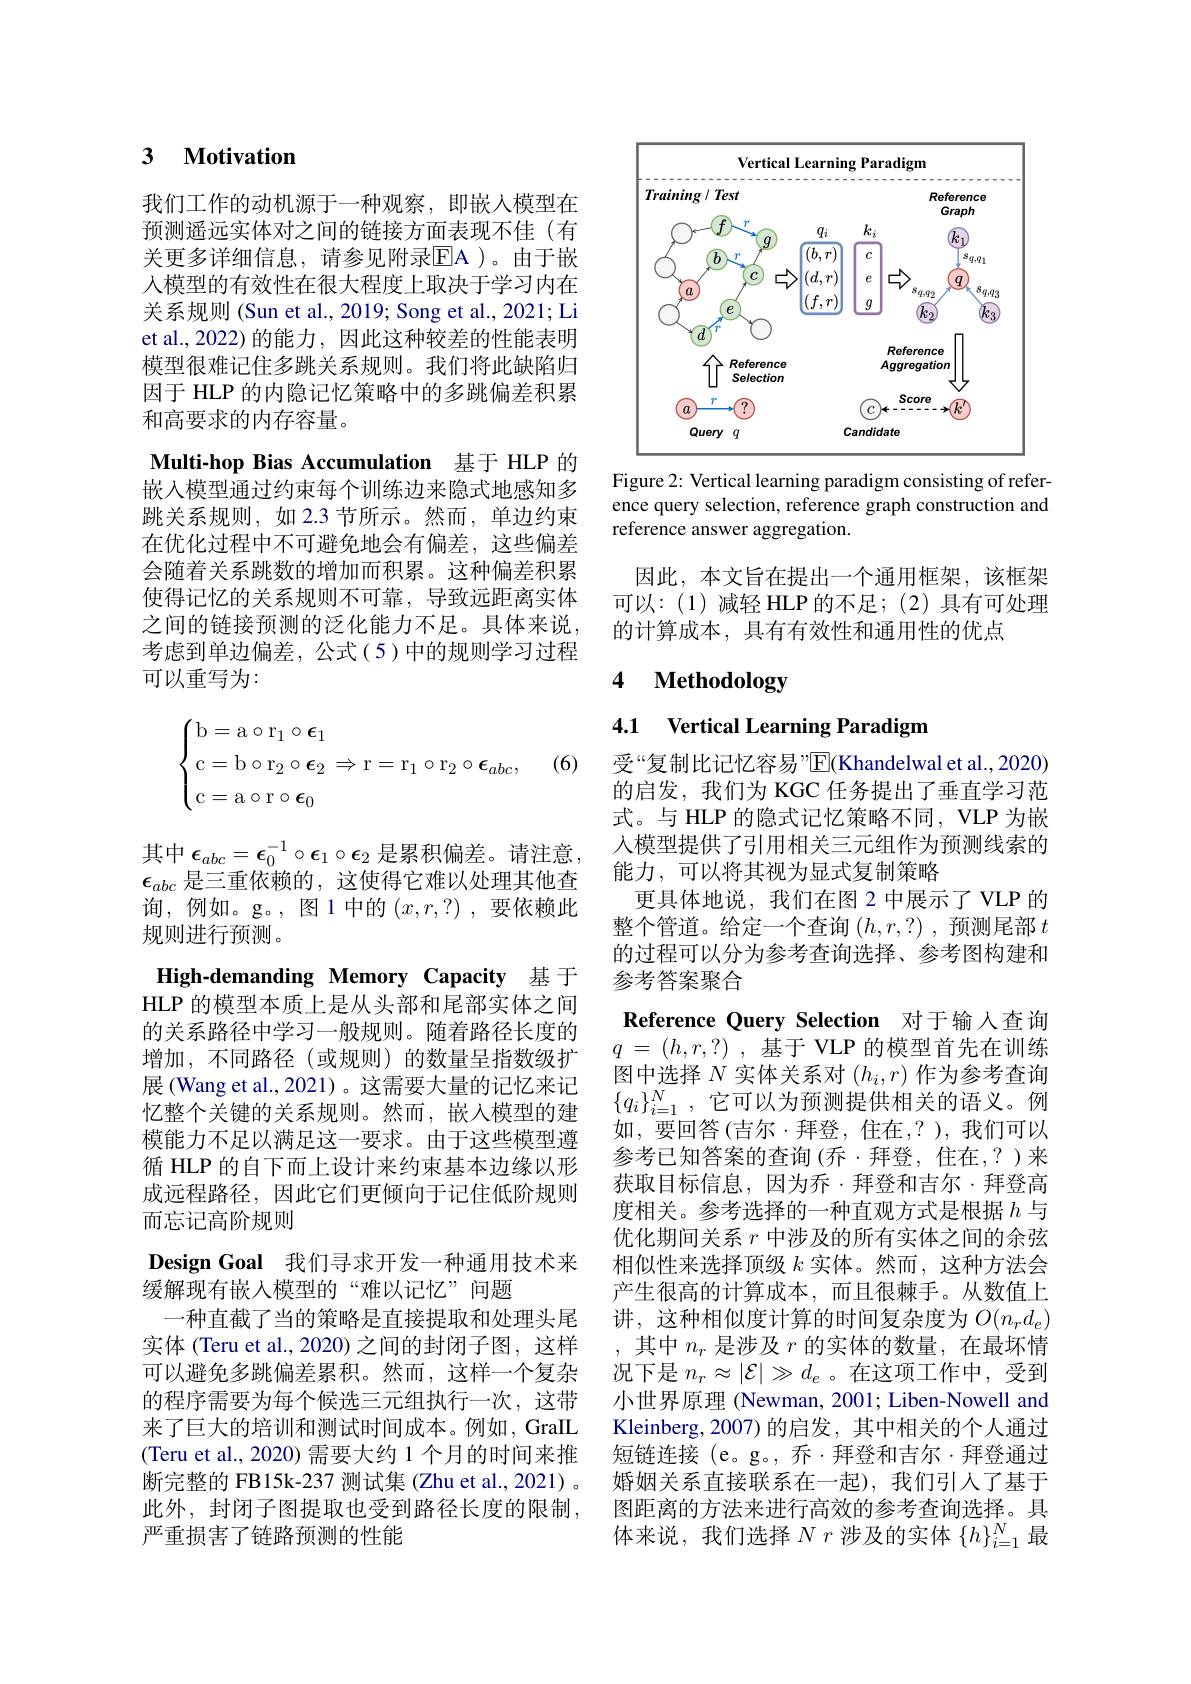
### 3 $\textbf{Motivation}$

我们工作的动机源于一种观察，即嵌入模型在预测遥远实体对之间的链接方面表现不佳(有关更多详细信息，请参见附录$\mathbb{E}$A)。由于嵌人模型的有效性在很大程度上取决于学习内在关系规则 (Sun et al., 2019; Song et al., 2021; Li et al.,2022) 的能力，因此这种较差的性能表明模型很难记住多跳关系规则。我们将此缺陷归因于 HLP 的内隐记忆策略中的多跳偏差积累和高要求的内存容量。
Multi-hop Bias Accumulation 基于 HLP 的嵌入模型通过约束每个训练边来隐式地感知多跳关系规则，如 2.3 节所示。然而，单边约束在优化过程中不可避免地会有偏差，这些偏差会随着关系跳数的增加而积累。这种偏差积累使得记忆的关系规则不可靠，导致远距离实体之间的链接预测的泛化能力不足。具体来说考虑到单边偏差，公式(5)中的规则学习过程可以重写为：

(6)
$$\begin{cases}\mathrm b=\mathrm a\circ\mathrm r_1\circ\epsilon_1\\\mathrm c=\mathrm b\circ\mathrm r_2\circ\epsilon_2\Rightarrow\mathrm r=\mathrm r_1\circ\mathrm r_2\circ\epsilon_{abc},\\\mathrm c=\mathrm a\circ\mathrm r\circ\epsilon_0\end{cases}$$
其中$\boldsymbol\epsilon_{abc}=\boldsymbol\epsilon_0^{-1}\circ\boldsymbol\epsilon_1\circ\boldsymbol\epsilon_2$ 是累积偏差。请注意$\epsilon_{abc}$是三重依赖的，这使得它难以处理其他查询，例如。g。,图1中的$(x,r,?)$,要依赖此规则进行预测。
High-demanding Memory Capacity 基 于HLP 的模型本质上是从头部和尾部实体之间的关系路径中学习一般规则。随着路径长度的增加，不同路径(或规则)的数量呈指数级扩展(Wang et al., 2021)。这需要大量的记忆来记忆整个关键的关系规则。然而，嵌入模型的建模能力不足以满足这一要求。由于这些模型遵循 HLP 的自下而上设计来约束基本边缘以形成远程路径，因此它们更倾向于记住低阶规则而忘记高阶规则
Design Goal 我们寻求开发一种通用技术来
缓解现有嵌入模型的“难以记忆”问题
一种直截了当的策略是直接提取和处理头尾实体 (Teru et al., 2020) 之间的封闭子图，这样可以避免多跳偏差累积。然而，这样一个复杂的程序需要为每个候选三元组执行一次，这带来了巨大的培训和测试时间成本。例如，GraIL (Teru et al., 2020) 需要大约 1 个月的时间来推断完整的 FB15k-237 测试集 (Zhu et al., 2021) 。此外，封闭子图提取也受到路径长度的限制， 严重损害了链路预测的性能

<FigureHere>

Figure 2: Vertical learning paradigm consisting of reference query selection, reference graph construction and reference answer aggregation.

因此，本文旨在提出一个通用框架，该框架可以：(1)减轻 HLP 的不足；(2)具有可处理的计算成本，具有有效性和通用性的优点

### 4 $\textbf{Methodology}$

4.1 Vertical Learning Paradigm

受“复制比记忆容易”$\overline{\mathrm{E}}($Khandelwal et al.,2020) 的启发，我们为 KGC 任务提出了垂直学习范式。与 HLP 的隐式记忆策略不同 , VLP 为嵌人模型提供了引用相关三元组作为预测线索的能力，可以将其视为显式复制策略
更具体地说，我们在图 2 中展示了 VLP 的整个管道。给定一个查询$(h,r,?)$ ,预测尾部$t$ 的过程可以分为参考查询选择、参考图构建和参考答案聚合
Reference Query Selection 对于输入查询$q$ = $( h, r, ? )$ , 基于 VLP 的模型首先在训练图中选择$N$实体关系对$(h_i,r)$作为参考查询$\{q_{i}\}_{i=1}^{N}$,它可以为预测提供相关的语义。例如，要回答(吉尔·拜登，住在，?),我们可以参考已知答案的查询(乔·拜登，住在，?)来获取目标信息，因为乔·拜登和吉尔·拜登高度相关。参考选择的一种直观方式是根据$h$与优化期间关系$r$中涉及的所有实体之间的余弦相似性来选择顶级$k$实体。然而，这种方法会产生很高的计算成本，而且很棘手。从数值上讲，这种相似度计算的时间复杂度为$O(n_rd_e)$ 其中$n_r$是涉及$r$的实体的数量，在最坏情况下是$n_r\approx|\mathcal{E}|\gg d_e$ 。在这项工作中，受到小世界原理 (Newman, 2001; Liben-Nowell and Kleinberg,2007)的启发，其中相关的个人通过短链连接(e。g。, 乔·拜登和吉尔·拜登通过婚姻关系直接联系在一起),我们引入了基于图距离的方法来进行高效的参考查询选择。具体来说，我们选择$Nr$涉及的实体$\{h\}_i=1^N$最